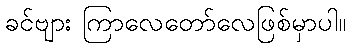
ခင်ဗျား ကြာလေတော်လေဖြစ်မှာပါ။